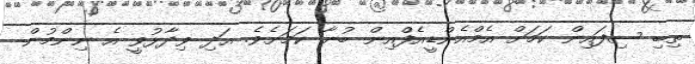
ތިބި ސިފައިން ކަމަށް އެމްއެންޑީއެފްއިން ބުނާ ކަމަށެވެ. އަދި ވިދާޅުވީ އެ ނިންމުން